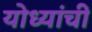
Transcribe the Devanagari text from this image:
योध्यांची